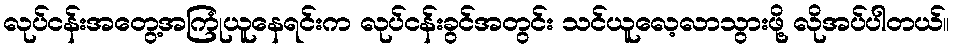
လုပ်ငန်းအတွေ့အကြုံယူနေရင်းက လုပ်ငန်းခွင်အတွင်း သင်ယူလေ့လာသွားဖို့ လိုအပ်ပါတယ်။